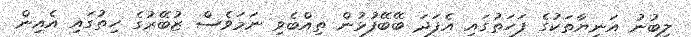
ލިބުނު އަނިޔާތަކުގެ ފަހަތުގައި އެފަދަ ބޭބޭފުޅުން ތިއްބެވި ނަމަވެސް ޒުބޭރުގެ ހިތުގައި އެއިން